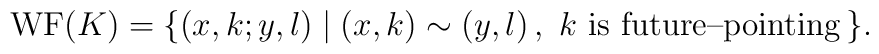
{\rm WF}(K)=\{ (x,k;y,l)\mid (x,k)\sim (y,l)\, ,\ k\mbox{ is future--pointing}\, \}.